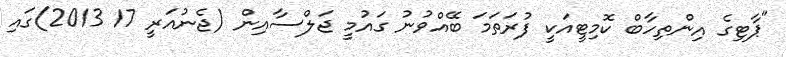
"ޕާޓިގެ އިންތިހާބް ކޮމިޓީއަކީ ފުރަތަމަ ބޭއްވުނު ގައުމީ ޖަލްސާއިން (ޖެނުއަރީ 17 2013)ގައި